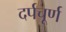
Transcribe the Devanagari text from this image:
दर्पचूर्ण